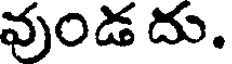
వుండ దు.